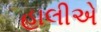
હાલીએ